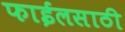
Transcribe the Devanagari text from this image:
फाईलसाठी